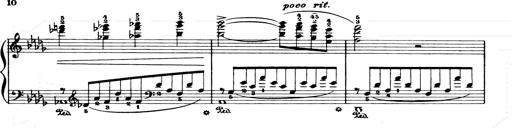
Title: Consolations and LiebestrÃ¤ume for the Piano
Composer: Franz Liszt